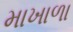
માખાળા